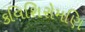
કવિશિરોમણિ